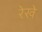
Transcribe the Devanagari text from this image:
रेखे